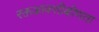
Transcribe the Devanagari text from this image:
रक्तआक्सीक्षीणता